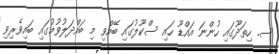
ސ. ހިތަދޫގައި ހުންނަ އައްޑޫ ހައި ސްކޫލުގައި ބޭއްވި މި ބައްދަލުވުމުގައި ބައިވެރިވި